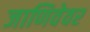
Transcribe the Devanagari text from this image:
जाणिवेवर